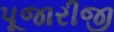
પૂજારીજી